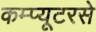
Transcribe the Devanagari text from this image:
कम्प्यूटरसे